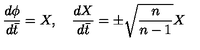
\frac { d \phi } { d \bar { t } } = X , \quad \frac { d X } { d \bar { t } } = \pm \sqrt { \frac n { n - 1 } } X